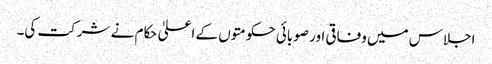
اجلاس میں وفاقی اور صوبائی حکومتوں کے اعلیٰ حکام نے شرکت کی۔